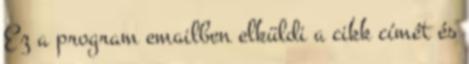
Ez a program emailben elküldi a cikk címét és